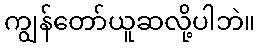
ကျွန်တော်ယူဆလို့ပါဘဲ။